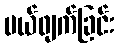
ပယ်ဖျက်ခြင်း